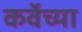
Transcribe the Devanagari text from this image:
कर्वेच्या